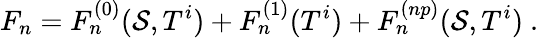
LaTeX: F_{n}=F_{n}^{(0)}(\mathcal{S},T^{i})+F_{n}^{(1)}(T^{i})+F_{n}^{(np)}(\mathcal{S},T^{i})\ .